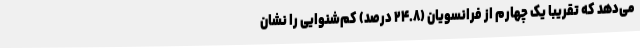
می‌دهد که تقریباً یک چهارم از فرانسویان (۲۴.۸ درصد) کم‌شنوایی را نشان